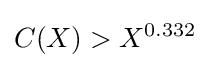
C(X)>X^{0.332}